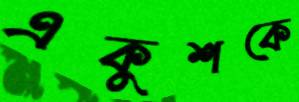
একুশকে